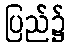
ပြည်၌